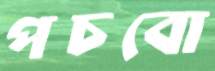
পচবো